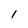
Character: 1